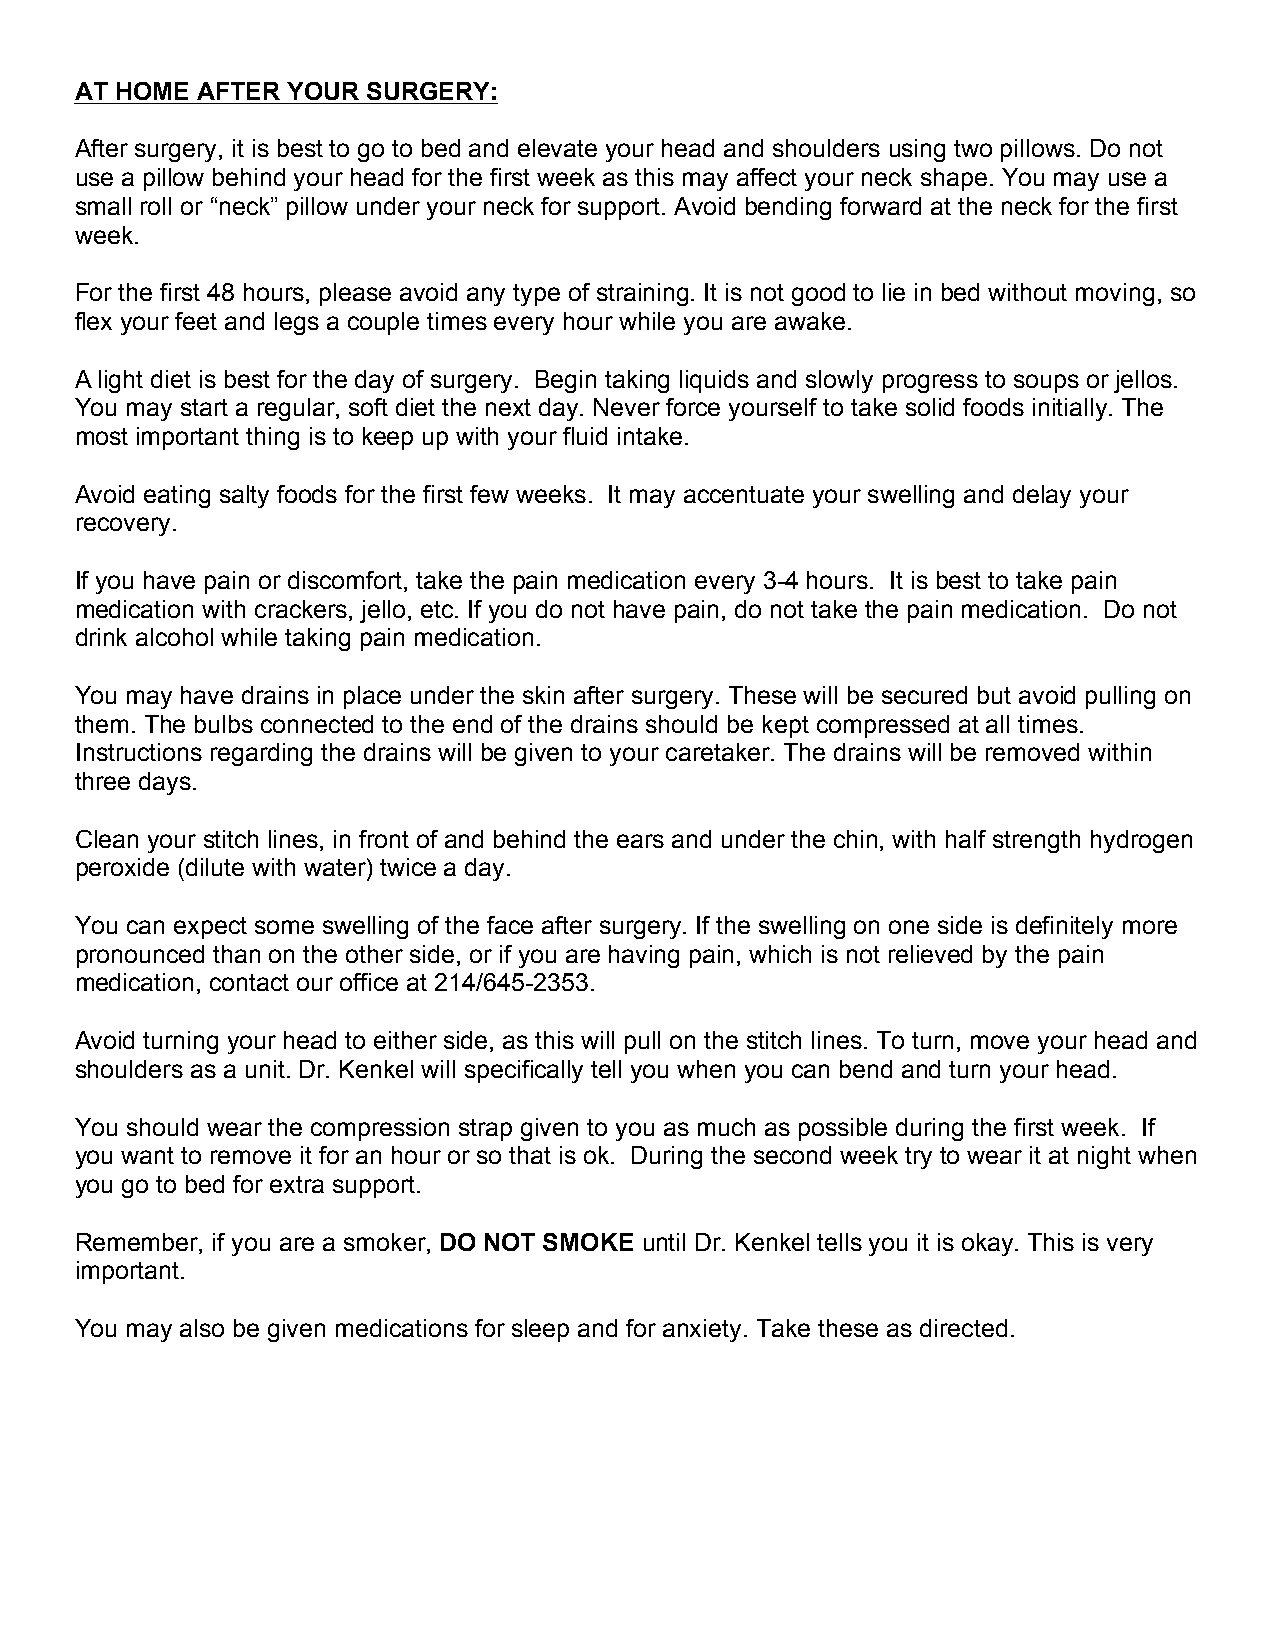
AT HOME AFTER YOUR SURGERY:
 After surgery, it is best to go to bed and elevate your head and shoulders using two pillows. Do not
 use a pillow behind your head for the first week as this may affect your neck shape. You may use a
 small roll or “neck” pillow under your neck for support. Avoid bending forward at the neck for the first
 week.
 For the first 48 hours, please avoid any type of straining. It is not good to lie in bed without moving, so
 flex your feet and legs a couple times every hour while you are awake.
 A light diet is best for the day of surgery. Begin taking liquids and slowly progress to soups or jellos.
 You may start a regular, soft diet the next day. Never force yourself to take solid foods initially. The
 most important thing is to keep up with your fluid intake.
 Avoid eating salty foods for the first few weeks. It may accentuate your swelling and delay your
 recovery.
 If you have pain or discomfort, take the pain medication every 3-4 hours. It is best to take pain
 medication with crackers, jello, etc. If you do not have pain, do not take the pain medication. Do not
 drink alcohol while taking pain medication.
 You may have drains in place under the skin after surgery. These will be secured but avoid pulling on
 them. The bulbs connected to the end of the drains should be kept compressed at all times.
 Instructions regarding the drains will be given to your caretaker. The drains will be removed within
 three days.
 Clean your stitch lines, in front of and behind the ears and under the chin, with half strength hydrogen
 peroxide (dilute with water) twice a day.
 You can expect some swelling of the face after surgery. If the swelling on one side is definitely more
 pronounced than on the other side, or if you are having pain, which is not relieved by the pain
 medication, contact our office at 214/645-2353.
 Avoid turning your head to either side, as this will pull on the stitch lines. To turn, move your head and
 shoulders as a unit. Dr. Kenkel will specifically tell you when you can bend and turn your head.
 You should wear the compression strap given to you as much as possible during the first week. If
 you want to remove it for an hour or so that is ok. During the second week try to wear it at night when
 you go to bed for extra support.
 Remember, if you are a smoker, DO NOT SMOKE until Dr. Kenkel tells you it is okay. This is very
 important.
 You may also be given medications for sleep and for anxiety. Take these as directed.